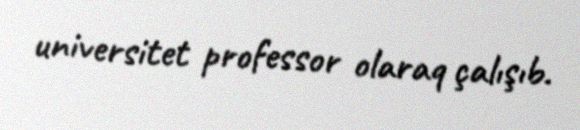
universitet professor olaraq çalışıb.